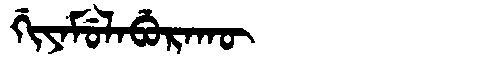
Manchu: ᡤᡳᠶᠠᠮᡠᠯᠠᠪᡠᡵᠠᡴᡡ
Romanization: GIYAMULABURAKŪ